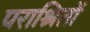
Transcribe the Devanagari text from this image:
पराश्रितों